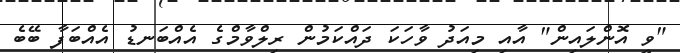
"ވީ އޮންލައިން" އާއި މިއަދު ވާހަކަ ދައްކަމުން ރިލްވާމްގެ އެއްބަނޑު އެއްބަފާ ބޭބެ